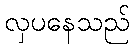
လှပနေသည်